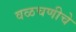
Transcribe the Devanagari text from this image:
वळचणीचे